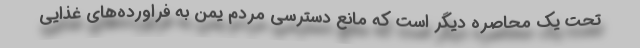
تحت یک محاصره دیگر است که مانع دسترسی مردم یمن به فراورده‌های غذایی